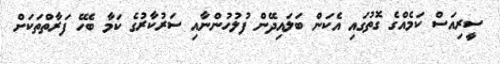
ސީރިއަސް ކަމެއްގެ ގޮތުގައި އެކަން ބަލައިދޭން ފުލުހުންނާއި ސަރުކާރުގެ ކަމާ ބެހޭ ފަރާތްތަކަށް